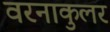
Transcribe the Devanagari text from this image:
वरनाकुलर